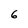
Character: 6